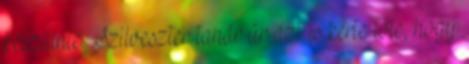
készülnie. Szilveszter tanár úr azt is kérte tőle, hogy